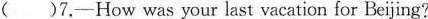
( )7.-How was your last vacation for Beijing?